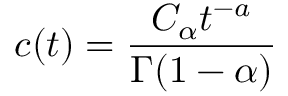
c ( t ) = \frac { C _ { \alpha } t ^ { - a } } { \Gamma ( 1 - \alpha ) }